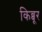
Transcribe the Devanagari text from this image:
किब्बूर